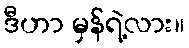
ဒီဟာ မှန်ရဲ့လား။